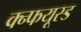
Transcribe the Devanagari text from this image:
क्न्फयूस्ड